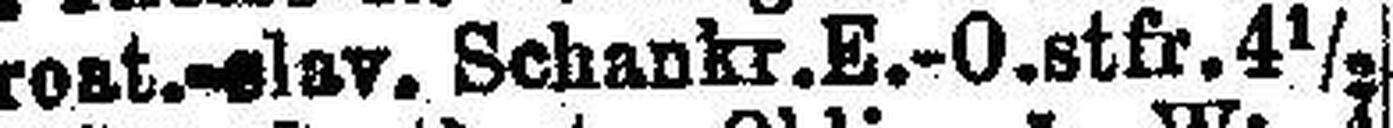
Krost.-slav. Schankr. E.-O. stfr.4½